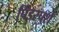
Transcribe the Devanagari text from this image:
पिंडस्पर्श